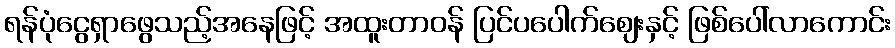
ရန်ပုံငွေရှာဖွေသည့်အနေဖြင့် အထူးတာဝန် ပြင်ပပေါက်ဈေးနှင့် ဖြစ်ပေါ်လာကောင်း